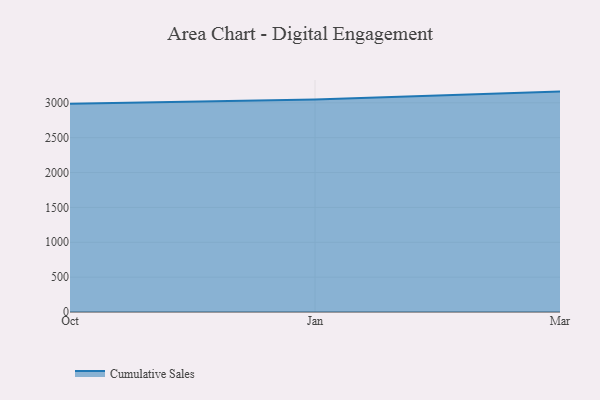
{"axis": {"x": "Month", "y": "Active Users"}, "legend": ["Cumulative Sales"], "data": [{"x": "Oct", "y": 2986.5, "type": "Cumulative Sales"}, {"x": "Jan", "y": 3046.5, "type": "Cumulative Sales"}, {"x": "Mar", "y": 3161.1, "type": "Cumulative Sales"}]}